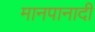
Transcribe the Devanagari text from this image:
मानपानादी